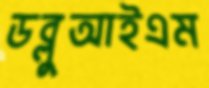
ডব্লুআইএম